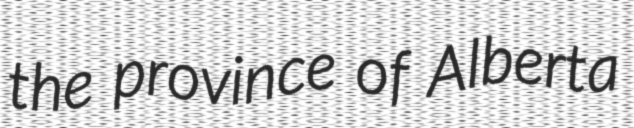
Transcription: the province of Alberta